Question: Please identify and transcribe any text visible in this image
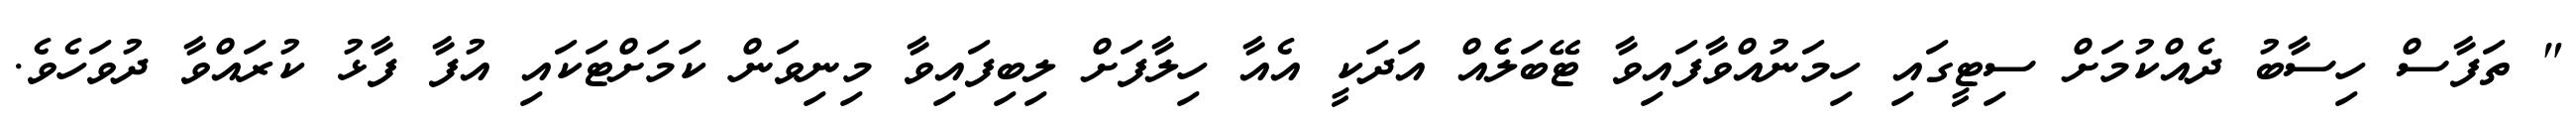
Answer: " ތަފާސް ހިސާބު ދެއްކުމަށް ސިޓީގައި ހިމަނުއްވާފައިވާ ޓޭބަލެެއް އަދަކީ އެއާ ހިލާފަށް ލިބިފައިވާ މިނިވަން ކަމަށްޓަކައި އުފާ ފާޅު ކުރައްވާ ދުވަހެވެ.